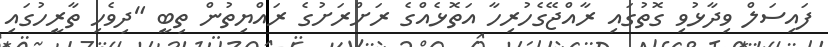
ފައިސަލް ވިދާޅުވި ގޮތުގައި ރާއްޖޭގެހުރިހާ އަތޮޅެއްގެ ރަށްރަށުގެ ރައްޔިތުން ތިބީ "ދިވެހި ތާރީހުގައި